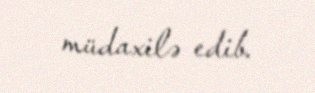
müdaxilə edib.